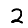
Digit: 2